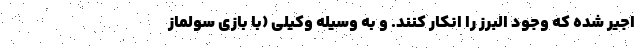
اجیر شده که وجود البرز را انکار کنند. و به وسیله وکیلی (با بازی سولماز